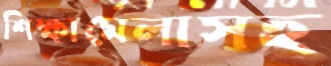
শিক্ষামেলাসহ